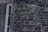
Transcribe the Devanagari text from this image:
असुत